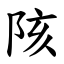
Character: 陔